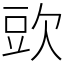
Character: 㰯